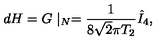
d H = G \mid _ { N } = { \frac { 1 } { 8 \sqrt { 2 } \pi T _ { 2 } } } \hat { I } _ { 4 } ,